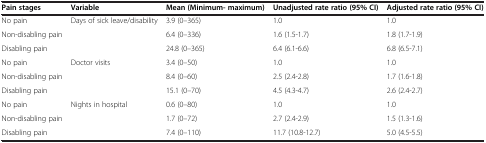
| Pain stages | Variable | Mean (Minimum- maximum) | Unadjusted rate ratio (95% CI) | Adjusted rate ratio (95% CI) |
 | --- | --- | --- | --- | --- |
 | No pain | <ROWSPAN=3> Days of sick leave/disability | 3.9 (0–365) | 1.0 | 1.0 |
 | Non-disabling pain | 6.4 (0–336) | 1.6 (1.5-1.7) | 1.8 (1.7-1.9) |
 | Disabling pain | 24.8 (0–365) | 6.4 (6.1-6.6) | 6.8 (6.5-7.1) |
 | No pain | <ROWSPAN=3> Doctor visits | 3.4 (0–50) | 1.0 | 1.0 |
 | Non-disabling pain | 8.4 (0–60) | 2.5 (2.4-2.8) | 1.7 (1.6-1.8) |
 | Disabling pain | 15.1 (0–70) | 4.5 (4.3-4.7) | 2.6 (2.4-2.7) |
 | No pain | <ROWSPAN=3> Nights in hospital | 0.6 (0–80) | 1.0 | 1.0 |
 | Non-disabling pain | 1.7 (0–72) | 2.7 (2.4-2.9) | 1.5 (1.3-1.6) |
 | Disabling pain | 7.4 (0–110) | 11.7 (10.8-12.7) | 5.0 (4.5-5.5) |